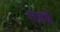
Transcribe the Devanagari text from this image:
राजाऔ